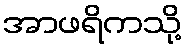
အာဖရိကသို့